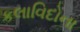
કલાવિદોના